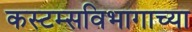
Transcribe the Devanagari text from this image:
कस्टम्सविभागाच्या